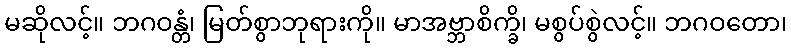
မဆိုလင့်။ ဘဂဝန္တံ၊ မြတ်စွာဘုရားကို။ မာအဗ္ဘာစိက္ခိ၊ မစွပ်စွဲလင့်။ ဘဂဝတော၊